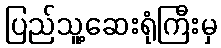
ပြည်သူ့ဆေးရုံကြီးမှ